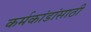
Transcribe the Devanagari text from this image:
कर्मकांडांसाठी